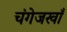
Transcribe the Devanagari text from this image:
चंगेजखाँ